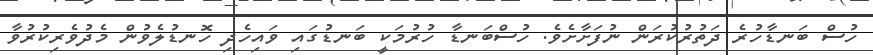
ހުސް ބަނޑާހުރެ ދަތުރުކުރަން ނުފަށާށެވެ. ހުސްބަނޑާ ހުރުމަކީ ބަނޑުގައި ވައިހެދި ހޮނޑުލެވުން މެދުވެރިކުރުވާ